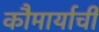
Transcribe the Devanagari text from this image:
कौमार्याची